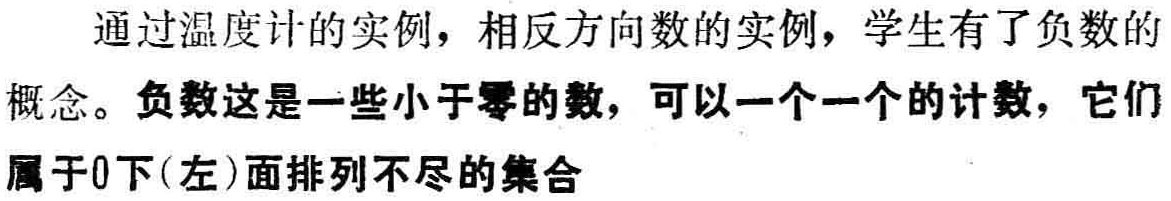
通过温度计的实例，相反方向数的实例，学生有了负数的
概念。负数这是一些小于零的数，可以一个一个的计数，它们
属于0下(左)面排列不尽的集合